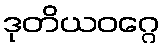
ဒုတိယဝဂ္ဂေ